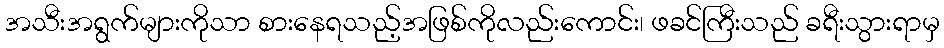
အသီးအရွက်များကိုသာ စားနေရသည့်အဖြစ်ကိုလည်းကောင်း၊ ဖခင်ကြီးသည် ခရီးသွားရာမှ